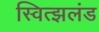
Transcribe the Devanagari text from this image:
स्वित्झलंड